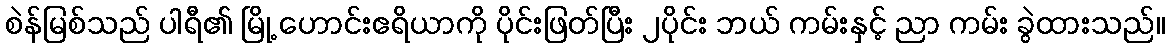
စဲန်မြစ်သည် ပါရီ၏ မြို့ ဟောင်းဧရိယာကို ပိုင်းဖြတ်ပြီး ၂ပိုင်း ဘယ် ကမ်းနှင့် ညာ ကမ်း ခွဲထားသည်။